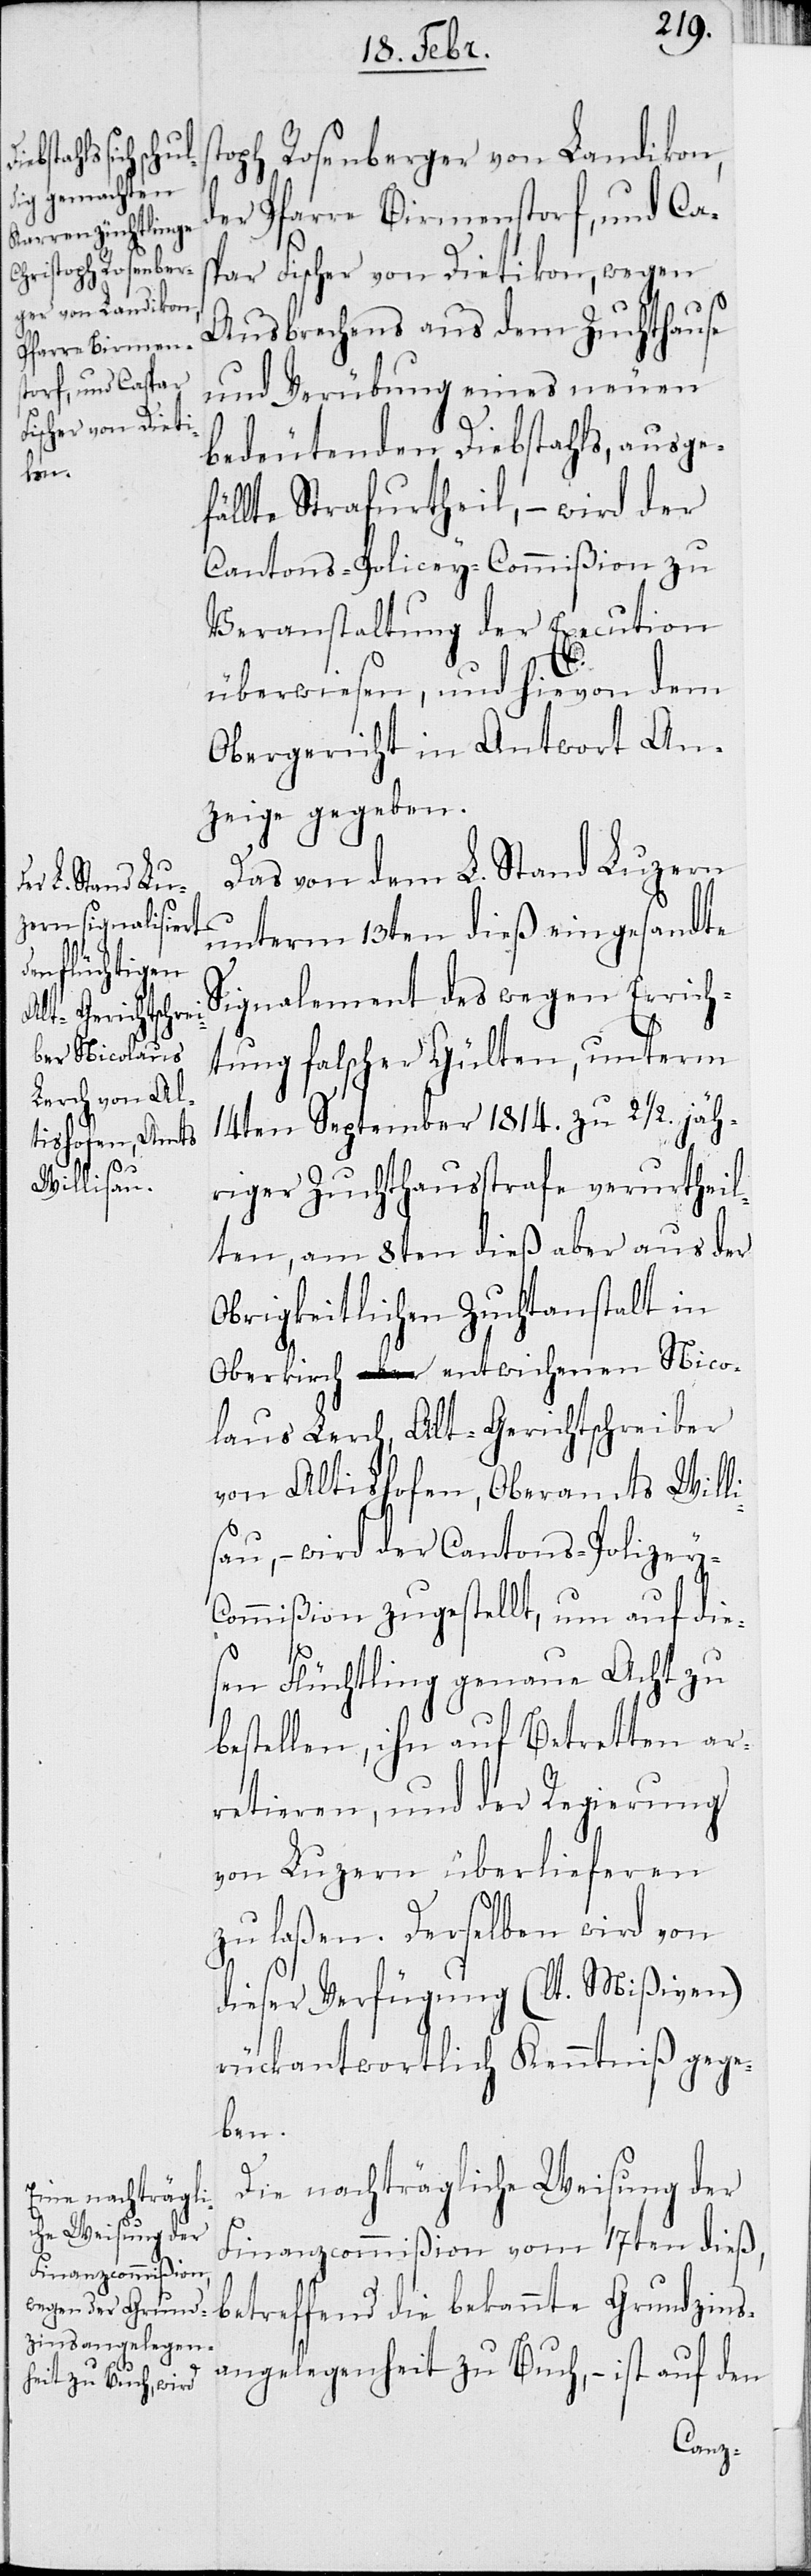
st¬

oph Rosenberger von Landikon,
der Pfarre Birmenstorf, und Ca¬
spar Fischer von Dietikon, wegen
Ausbrechens aus dem Zuchthause
und Verübung eines neuen
bedeutenden Diebstahls, ausge¬
fällte Strafurtheil, – wird der
Cantons-Policey-Commißion zu
Veranstaltung der Execution
überwiesen, und hievon dem
Obergericht in Antwort An¬
zeige gegeben.
Das von dem L. Stand Luzern
unterm 13ten dieß eingesandte
Signalement des wegen Errich¬
tung falscher Gülten, unterm
14ten September 1814. zu 2 1/2. jäh¬
riger Zuchthausstrafe verurtheil¬
ten, am 8ten dieß aber aus der
Obrigkeitlichen Zuchtanstalt in
Oberkirch entwichenen Nico¬
laus Lerch, Alt-Gerichtschreiber
von Altishofen, Oberamts Willi¬
sau, – wird der Cantons-Polizey-C¬
ommißion zugestellt, um auf die¬
sen Flüchtling genaue Acht zu
bestellen, ihn auf Betretten ar¬
retieren, und der Regierung
von Luzern überlieferen
zu laßen. Derselben wird von
dieser Verfügung (lt. Mißiven)
rückantwortlich Kenntniß gege¬
ben.
Die nachträgliche Weisung der
Finanzcommißion vom 17ten dieß,
betreffend die bekannte Grundzins¬
angelegenheit zu Buch, – ist auf den